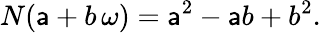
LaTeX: N(\mathsf{a}+b\, \omega)=\mathsf{a}^{2}-\mathsf{a}b+b^{2}.